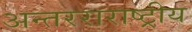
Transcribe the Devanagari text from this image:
अन्तरराराष्ट्रीय